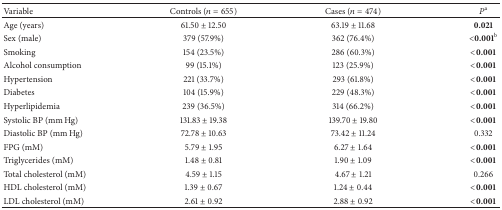
| Variable | Controls (n = 655) | Cases (n = 474) | Pa |
 | --- | --- | --- | --- |
 | Age (years) | 61.50 ± 12.50 | 63.19 ± 11.68 | 0.021 |
 | Sex (male) | 379 (57.9%) | 362 (76.4%) | <0.001b |
 | Smoking | 154 (23.5%) | 286 (60.3%) | <0.001 |
 | Alcohol consumption | 99 (15.1%) | 123 (25.9%) | <0.001 |
 | Hypertension | 221 (33.7%) | 293 (61.8%) | <0.001 |
 | Diabetes | 104 (15.9%) | 229 (48.3%) | <0.001 |
 | Hyperlipidemia | 239 (36.5%) | 314 (66.2%) | <0.001 |
 | Systolic BP (mm Hg) | 131.83 ± 19.38 | 139.70 ± 19.80 | <0.001 |
 | Diastolic BP (mm Hg) | 72.78 ± 10.63 | 73.42 ± 11.24 | 0.332 |
 | FPG (mM) | 5.79 ± 1.95 | 6.27 ± 1.64 | <0.001 |
 | Triglycerides (mM) | 1.48 ± 0.81 | 1.90 ± 1.09 | <0.001 |
 | Total cholesterol (mM) | 4.59 ± 1.15 | 4.67 ± 1.21 | 0.266 |
 | HDL cholesterol (mM) | 1.39 ± 0.67 | 1.24 ± 0.44 | <0.001 |
 | LDL cholesterol (mM) | 2.61 ± 0.92 | 2.88 ± 0.92 | <0.001 |